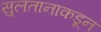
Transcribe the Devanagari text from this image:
सुलतानाकडून